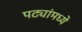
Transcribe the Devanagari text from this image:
पट्यांमध्ये